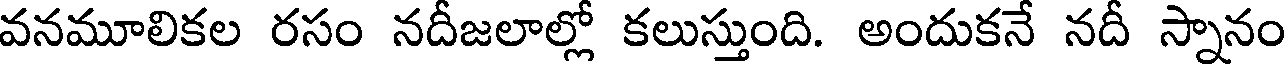
వనమూలికల రసం నదీజలాల్లో కలుస్తుంది. అందుకనే నదీ స్నానం